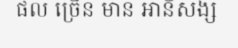
ផល ច្រើន មាន អានិសង្ស